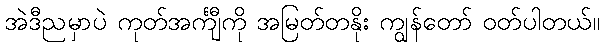
အဲဒီညမှာပဲ ကုတ်အင်္ကျီကို အမြတ်တနိုး ကျွန်တော် ဝတ်ပါတယ်။